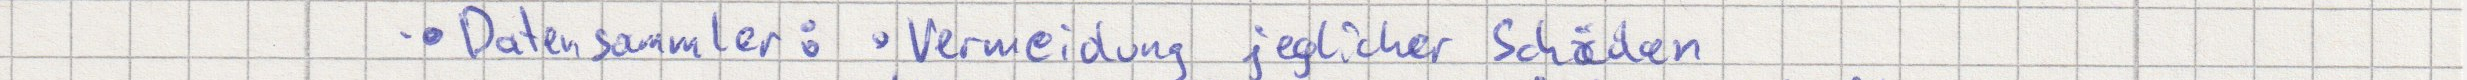
Datensammler: Vermeidung jeglicher Schäden